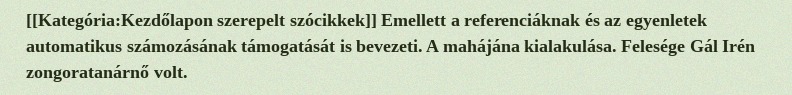
[[Kategória:Kezdőlapon szerepelt szócikkek]] Emellett a referenciáknak és az egyenletek automatikus számozásának támogatását is bevezeti. A mahájána kialakulása. Felesége Gál Irén zongoratanárnő volt.